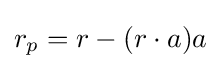
r_{p}=r-(r\cdot a)a